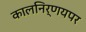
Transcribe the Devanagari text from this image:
कालनिर्णयपर